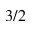
3 / 2